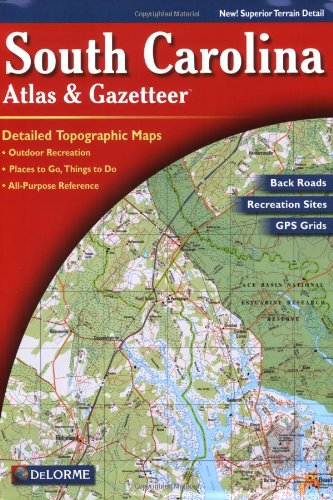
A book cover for South Carolina Atlas & Gazetteer; DeLorme; Reference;